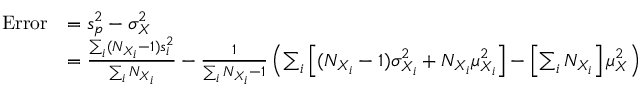
{ \begin{array} { r l } { { \mathrm { E r r o r } } } & { = s _ { p } ^ { 2 } - \sigma _ { X } ^ { 2 } } \\ & { = { \frac { \sum _ { i } ( N _ { X _ { i } } - 1 ) s _ { i } ^ { 2 } } { \sum _ { i } N _ { X _ { i } } } } - { \frac { 1 } { \sum _ { i } N _ { X _ { i } } - 1 } } \left( \sum _ { i } \left[ ( N _ { X _ { i } } - 1 ) \sigma _ { X _ { i } } ^ { 2 } + N _ { X _ { i } } \mu _ { X _ { i } } ^ { 2 } \right] - \left[ \sum _ { i } N _ { X _ { i } } \right] \mu _ { X } ^ { 2 } \right) } \end{array} }